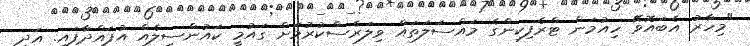
"މިހާރު އެބައޮވޭ ހިއުމަން ޓްރެފިކިންގެ މައްސަލަތައް ވިލަރެސްކުރުމަށް ގައުމީ ކައުންސިލެއް އުފައްދާފައި. އަދި